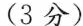
(3分)